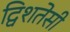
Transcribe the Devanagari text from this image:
द्विशतेसी